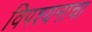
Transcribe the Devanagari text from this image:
विपश्यनाचा